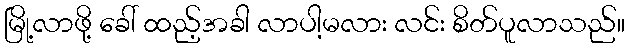
မြို့လာဖို့ ခေါ် ထည့်အခါ လာပါ့မလား လင်း စိတ်ပူလာသည်။